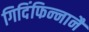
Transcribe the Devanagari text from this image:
गिदिंफिन्‍नानै